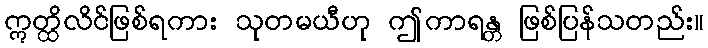
ဣတ္ထိလိင်ဖြစ်ရကား သုတမယီဟု ဤကာရန္တ ဖြစ်ပြန်သတည်း။